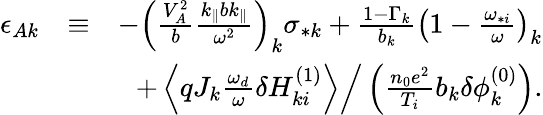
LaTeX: \begin{array}{rlr}{\epsilon_{Ak}}&{\equiv}&{-\left(\frac{V_{A}^{2}}{b}\frac{k_{\parallel}bk_{\parallel}}{\omega^{2}}\right)_{k}\sigma_{*k}+\frac{1-\Gamma_{k}}{b_{k}}\left(1-\frac{\omega_{*i}}{\omega}\right)_{k}}\\ &{}&{+\left.\left\langle qJ_{k}\frac{\omega_{d}}{\omega}\delta H_{ki}^{(1)}\right\rangle\right/\left(\frac{n_{0}e^{2}}{T_{i}}b_{k}\delta\phi_{k}^{(0)}\right).}\end{array}